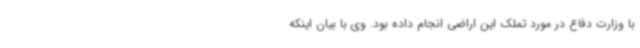
با وزارت دفاع در مورد تملک این اراضی انجام داده بود. وی با بیان اینکه